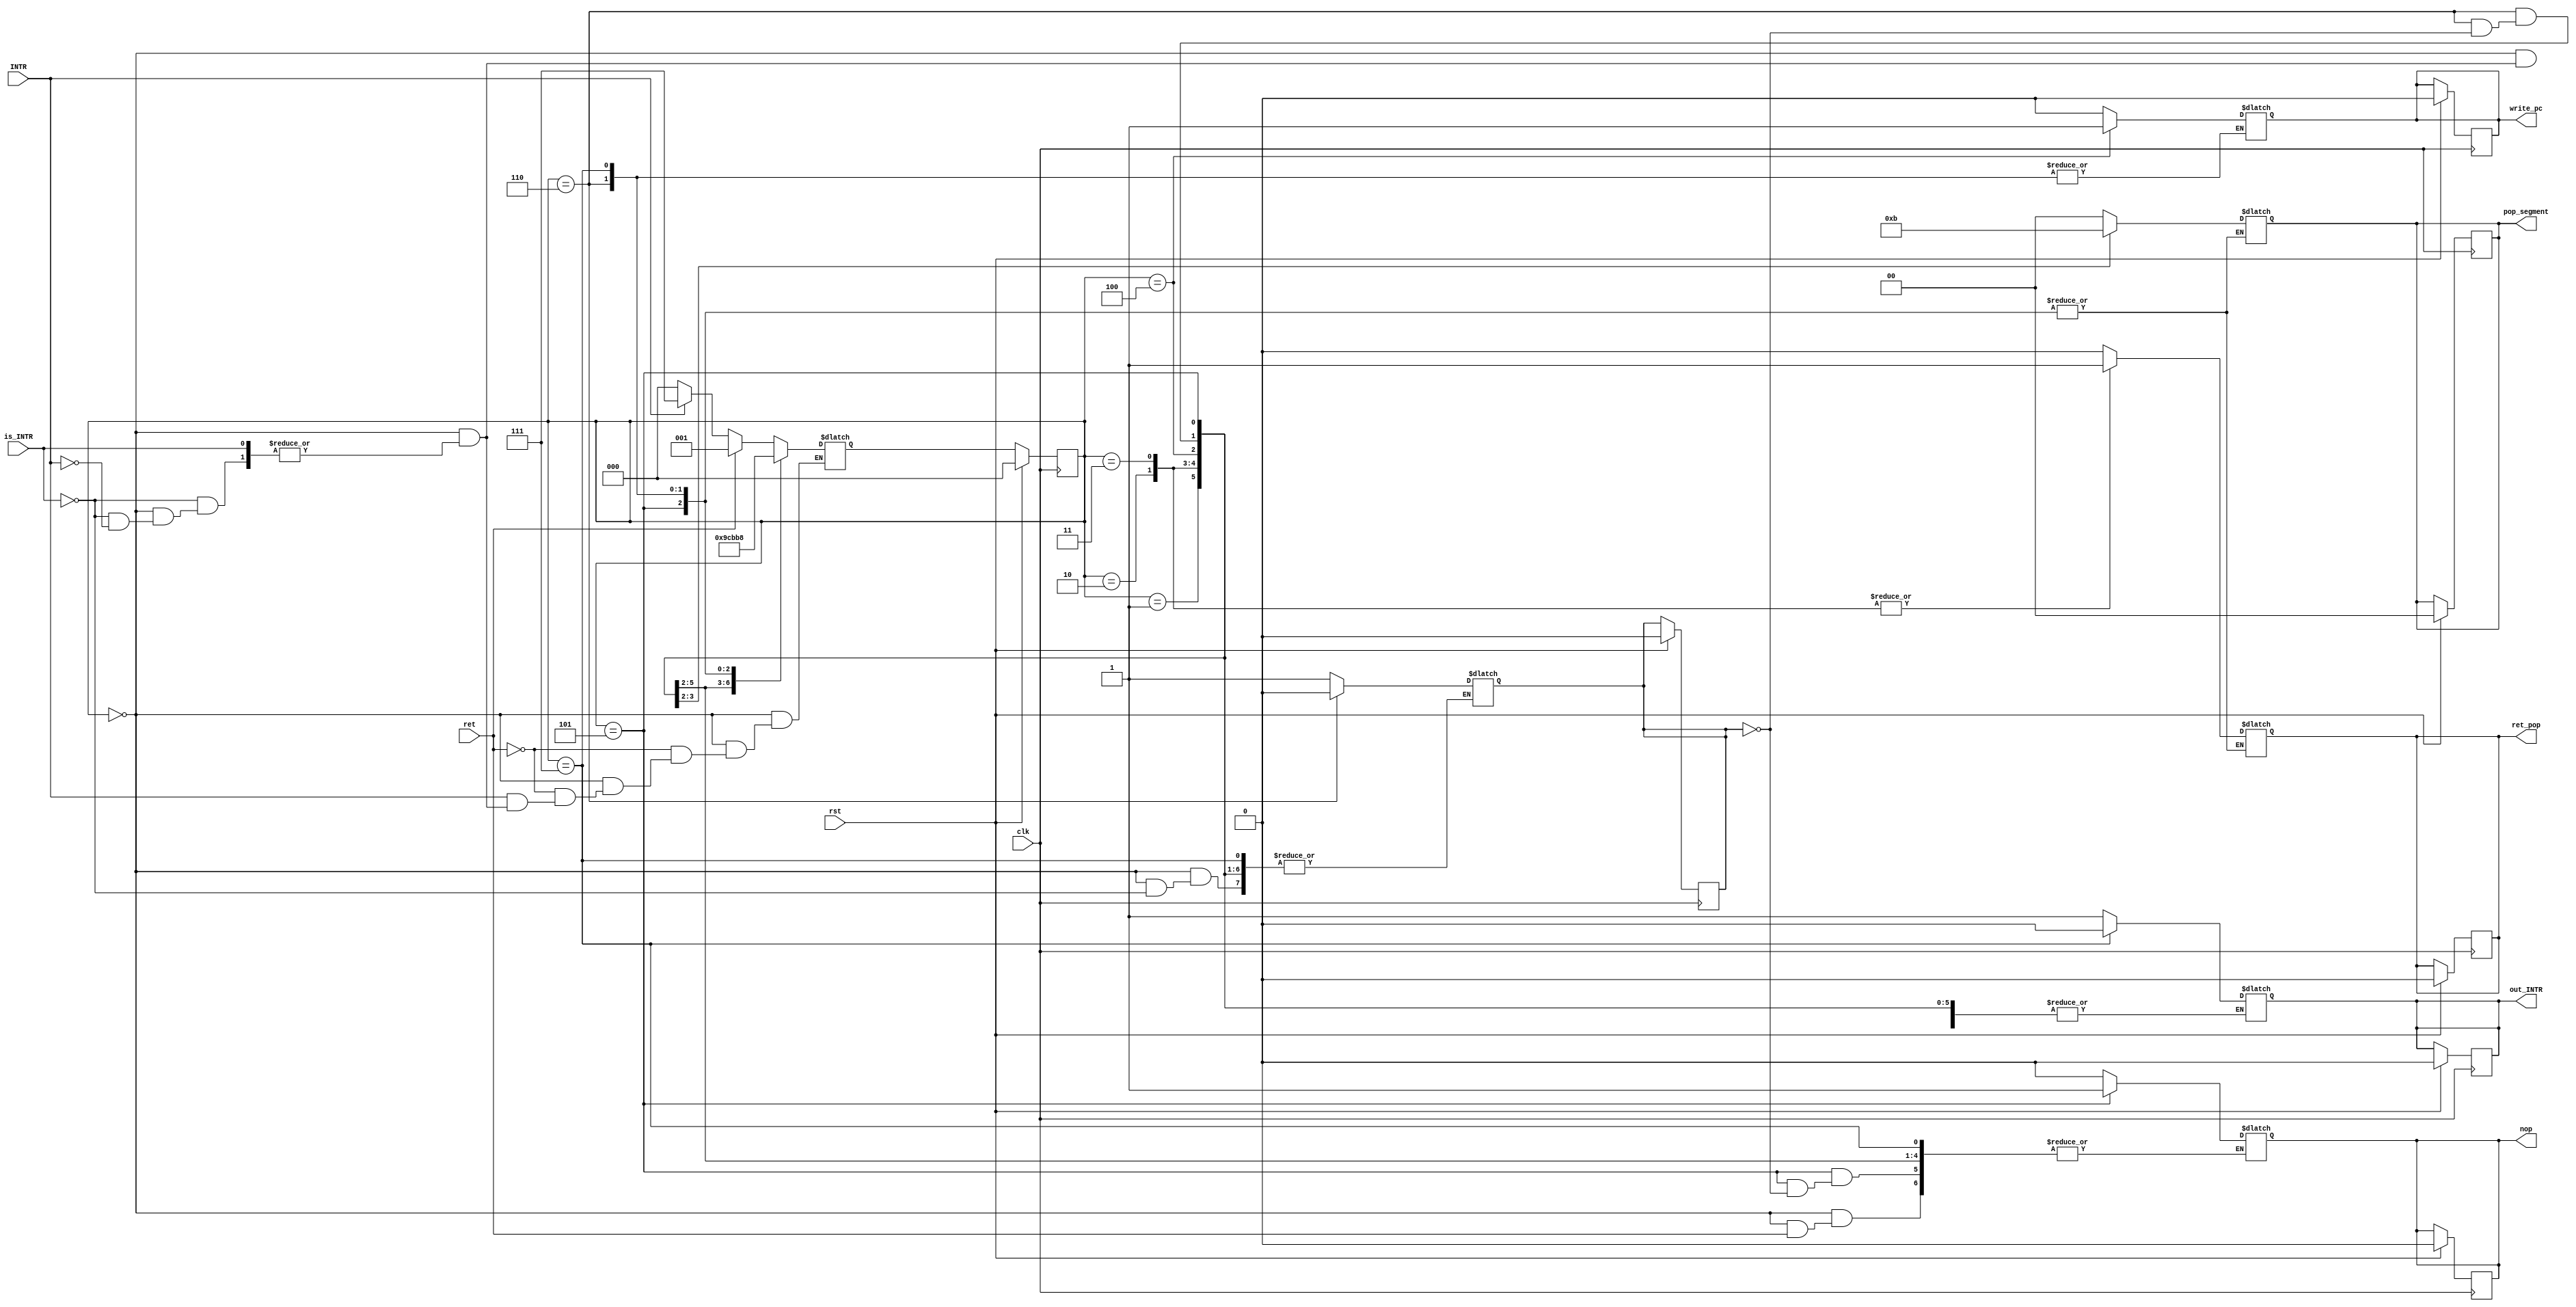
module ret_controller_ch(INTR,clk,rst,ret,pop_segment,write_pc,ret_pop,is_INTR,out_INTR,nop);
input clk,rst,ret,is_INTR,INTR;
output reg write_pc,ret_pop,out_INTR,nop;
output reg[1:0] pop_segment;

//states
localparam ready=3'b000;
localparam state1=3'b001;
localparam state2=3'b010;
localparam state3=3'b011;
localparam state4=3'b100;
localparam state5=3'b101;
localparam state6=3'b110;
localparam state7=3'b111;
//localparam push_flags=3'b110;
reg [2:0] state_reg;
reg [2:0] state_next;
reg go_INTR;
always @(posedge clk)begin
	if(rst)begin //initial state
		state_reg=ready;
		write_pc=1'b0;
		ret_pop=1'b0;
		out_INTR=0;
		pop_segment=2'b00;
		go_INTR=0;
		nop=0;
	end
	else 
		state_reg=state_next;
end

always @(state_reg,ret,is_INTR,INTR) begin
	case(state_reg)
		ready:
		begin
			if(is_INTR)begin
				go_INTR=1'b1;
			end
			else if(INTR)
			begin
				out_INTR=1'b1;
				state_next=state7;
			end	
			if(ret) begin
				state_next=state1;
				write_pc=1'b0;
				pop_segment=2'b00;
				ret_pop=1'b0;
				
			end	
			else 
			begin
				nop=0;
				if(!INTR)begin
					state_next=ready;
				end	
				write_pc=1'b0;
				pop_segment=2'b00;
				ret_pop=1'b0;
			end
		end
		state1:
		begin
			state_next=state2;
			write_pc=1'b0;
			pop_segment=2'b00;
			ret_pop=1'b0;
		end
		state2:
		begin
			//pop pc_h to MEM/WB buffer
			state_next=state3;
			write_pc=1'b0;
			pop_segment=2'b00;
			ret_pop=1'b1;
		end
		state3:
		begin
			//pop pc_h to MEM/WB buffer
			state_next=state4;
			write_pc=1'b0;
			pop_segment=2'b10;
			ret_pop=1'b1;
		end
		state4:
		begin
			//write back pc
			state_next=state5;
			write_pc=1'b1;
			pop_segment=2'b11;
			ret_pop=1'b0;
		end
		state5:
		begin
			//write back pc
			
			state_next=state6;
			write_pc=1'b0;
			if(go_INTR)
				nop=1;
		end
		state6:
		begin
			if(go_INTR)begin
				out_INTR=1'b1;
				go_INTR=0;
				
			end
			nop=0;

		state_next=state7;	
		end
		state7:
		begin
		out_INTR=0;
		//nop=0;
		state_next=ready;	
		end
		default:
		begin
			state_next=ready;
			write_pc=1'b0;
			pop_segment=2'b00;
			ret_pop=1'b0;
		end
	endcase
end
endmodule